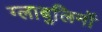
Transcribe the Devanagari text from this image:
ग्लाबुलिनों